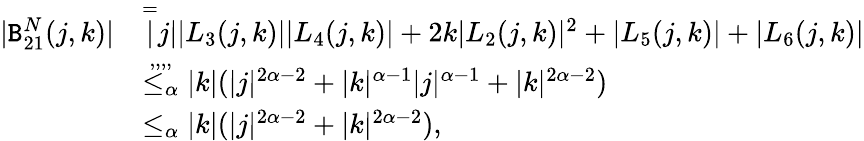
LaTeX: \begin{array}{rl}{|\mathtt{B}_{21}^{N}(j,k)|}&{\overset=|j||L_{3}(j,k)||L_{4}(j,k)|+2k|L_{2}(j,k)|^{2}+|L_{5}(j,k)|+|L_{6}(j,k)|}\\ &{\overset{,,,,}{\le_{\alpha}}|k|(|j|^{2\alpha-2}+|k|^{\alpha-1}|j|^{\alpha-1}+|k|^{2\alpha-2})}\\ &{\le_{\alpha}|k|(|j|^{2\alpha-2}+|k|^{2\alpha-2}),}\end{array}